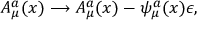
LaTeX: A _ { \mu } ^ { a } ( x ) \longrightarrow A _ { \mu } ^ { a } ( x ) - \psi _ { \mu } ^ { a } ( x ) \epsilon ,